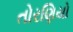
તોરણિયો